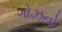
ગોઝનો